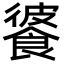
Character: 𩜔